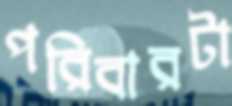
পরিবারটা